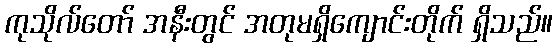
ကုသိုလ်တော် အနီးတွင် အတုမရှိကျောင်းတိုက် ရှိသည်။